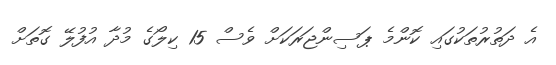
އެ ދަތުރުތަކުގައި ކޮންމެ ޕަސިންޖަރަކަށް ވެސް 15 ކިލޯގެ މުދާ އުފުލޭ ގޮތަށް